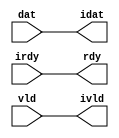

//------> /usr/cadtool/mentor/Catapult/2024.1/Mgc_home/pkgs/siflibs/ccs_in_wait_v1.v 
//------------------------------------------------------------------------------
// Catapult Synthesis - Sample I/O Port Library
//
// Copyright (c) 2003-2017 Mentor Graphics Corp.
//       All Rights Reserved
//
// This document may be used and distributed without restriction provided that
// this copyright statement is not removed from the file and that any derivative
// work contains this copyright notice.
//
// The design information contained in this file is intended to be an example
// of the functionality which the end user may study in preparation for creating
// their own custom interfaces. This design does not necessarily present a 
// complete implementation of the named protocol or standard.
//
//------------------------------------------------------------------------------


module ccs_in_wait_v1 (idat, rdy, ivld, dat, irdy, vld);

  parameter integer rscid = 1;
  parameter integer width = 8;

  output [width-1:0] idat;
  output             rdy;
  output             ivld;
  input  [width-1:0] dat;
  input              irdy;
  input              vld;

  wire   [width-1:0] idat;
  wire               rdy;
  wire               ivld;

  localparam stallOff = 0; 
  wire                  stall_ctrl;
  assign stall_ctrl = stallOff;

  assign idat = dat;
  assign rdy = irdy && !stall_ctrl;
  assign ivld = vld && !stall_ctrl;

endmodule


//------> /usr/cadtool/mentor/Catapult/2024.1/Mgc_home/pkgs/siflibs/ccs_out_wait_v1.v 
//------------------------------------------------------------------------------
// Catapult Synthesis - Sample I/O Port Library
//
// Copyright (c) 2003-2017 Mentor Graphics Corp.
//       All Rights Reserved
//
// This document may be used and distributed without restriction provided that
// this copyright statement is not removed from the file and that any derivative
// work contains this copyright notice.
//
// The design information contained in this file is intended to be an example
// of the functionality which the end user may study in preparation for creating
// their own custom interfaces. This design does not necessarily present a 
// complete implementation of the named protocol or standard.
//
//------------------------------------------------------------------------------


module ccs_out_wait_v1 (dat, irdy, vld, idat, rdy, ivld);

  parameter integer rscid = 1;
  parameter integer width = 8;

  output [width-1:0] dat;
  output             irdy;
  output             vld;
  input  [width-1:0] idat;
  input              rdy;
  input              ivld;

  wire   [width-1:0] dat;
  wire               irdy;
  wire               vld;

  localparam stallOff = 0; 
  wire stall_ctrl;
  assign stall_ctrl = stallOff;

  assign dat = idat;
  assign irdy = rdy && !stall_ctrl;
  assign vld = ivld && !stall_ctrl;

endmodule



//------> ./rtl.v 
// ----------------------------------------------------------------------
//  HLS HDL:        Verilog Netlister
//  HLS Version:    2024.1/1091966 Production Release
//  HLS Date:       Wed Feb 14 09:07:18 PST 2024
// 
//  Generated by:   m111061545@ws41
//  Generated date: Sun Apr  7 21:42:00 2024
// ----------------------------------------------------------------------

// 
// ------------------------------------------------------------------
//  Design Unit:    fir_run_staller
// ------------------------------------------------------------------


module fir_run_staller (
  run_wen, input_rsci_wen_comp, output_rsci_wen_comp
);
  output run_wen;
  input input_rsci_wen_comp;
  input output_rsci_wen_comp;



  // Interconnect Declarations for Component Instantiations 
  assign run_wen = input_rsci_wen_comp & output_rsci_wen_comp;
endmodule

// ------------------------------------------------------------------
//  Design Unit:    fir_run_output_rsci_output_wait_dp
// ------------------------------------------------------------------


module fir_run_output_rsci_output_wait_dp (
  clk, rst, output_rsci_oswt, output_rsci_wen_comp, output_rsci_biwt, output_rsci_bdwt,
      output_rsci_bcwt
);
  input clk;
  input rst;
  input output_rsci_oswt;
  output output_rsci_wen_comp;
  input output_rsci_biwt;
  input output_rsci_bdwt;
  output output_rsci_bcwt;
  reg output_rsci_bcwt;



  // Interconnect Declarations for Component Instantiations 
  assign output_rsci_wen_comp = (~ output_rsci_oswt) | output_rsci_biwt | output_rsci_bcwt;
  always @(posedge clk) begin
    if ( rst ) begin
      output_rsci_bcwt <= 1'b0;
    end
    else begin
      output_rsci_bcwt <= ~((~(output_rsci_bcwt | output_rsci_biwt)) | output_rsci_bdwt);
    end
  end
endmodule

// ------------------------------------------------------------------
//  Design Unit:    fir_run_output_rsci_output_wait_ctrl
// ------------------------------------------------------------------


module fir_run_output_rsci_output_wait_ctrl (
  run_wen, output_rsci_oswt, output_rsci_biwt, output_rsci_bdwt, output_rsci_bcwt,
      output_rsci_irdy, output_rsci_ivld_run_sct
);
  input run_wen;
  input output_rsci_oswt;
  output output_rsci_biwt;
  output output_rsci_bdwt;
  input output_rsci_bcwt;
  input output_rsci_irdy;
  output output_rsci_ivld_run_sct;


  // Interconnect Declarations
  wire output_rsci_ogwt;


  // Interconnect Declarations for Component Instantiations 
  assign output_rsci_bdwt = output_rsci_oswt & run_wen;
  assign output_rsci_biwt = output_rsci_ogwt & output_rsci_irdy;
  assign output_rsci_ogwt = output_rsci_oswt & (~ output_rsci_bcwt);
  assign output_rsci_ivld_run_sct = output_rsci_ogwt;
endmodule

// ------------------------------------------------------------------
//  Design Unit:    fir_run_input_rsci_input_wait_dp
// ------------------------------------------------------------------


module fir_run_input_rsci_input_wait_dp (
  clk, rst, input_rsci_oswt, input_rsci_wen_comp, input_rsci_idat_mxwt, input_rsci_biwt,
      input_rsci_bdwt, input_rsci_bcwt, input_rsci_idat
);
  input clk;
  input rst;
  input input_rsci_oswt;
  output input_rsci_wen_comp;
  output [7:0] input_rsci_idat_mxwt;
  input input_rsci_biwt;
  input input_rsci_bdwt;
  output input_rsci_bcwt;
  reg input_rsci_bcwt;
  input [7:0] input_rsci_idat;


  // Interconnect Declarations
  reg [7:0] input_rsci_idat_bfwt;


  // Interconnect Declarations for Component Instantiations 
  assign input_rsci_wen_comp = (~ input_rsci_oswt) | input_rsci_biwt | input_rsci_bcwt;
  assign input_rsci_idat_mxwt = MUX_v_8_2_2(input_rsci_idat, input_rsci_idat_bfwt,
      input_rsci_bcwt);
  always @(posedge clk) begin
    if ( rst ) begin
      input_rsci_bcwt <= 1'b0;
    end
    else begin
      input_rsci_bcwt <= ~((~(input_rsci_bcwt | input_rsci_biwt)) | input_rsci_bdwt);
    end
  end
  always @(posedge clk) begin
    if ( rst ) begin
      input_rsci_idat_bfwt <= 8'b00000000;
    end
    else if ( input_rsci_biwt ) begin
      input_rsci_idat_bfwt <= input_rsci_idat;
    end
  end

  function automatic [7:0] MUX_v_8_2_2;
    input [7:0] input_0;
    input [7:0] input_1;
    input  sel;
    reg [7:0] result;
  begin
    case (sel)
      1'b0 : begin
        result = input_0;
      end
      default : begin
        result = input_1;
      end
    endcase
    MUX_v_8_2_2 = result;
  end
  endfunction

endmodule

// ------------------------------------------------------------------
//  Design Unit:    fir_run_input_rsci_input_wait_ctrl
// ------------------------------------------------------------------


module fir_run_input_rsci_input_wait_ctrl (
  run_wen, input_rsci_oswt, input_rsci_biwt, input_rsci_bdwt, input_rsci_bcwt, input_rsci_irdy_run_sct,
      input_rsci_ivld
);
  input run_wen;
  input input_rsci_oswt;
  output input_rsci_biwt;
  output input_rsci_bdwt;
  input input_rsci_bcwt;
  output input_rsci_irdy_run_sct;
  input input_rsci_ivld;


  // Interconnect Declarations
  wire input_rsci_ogwt;


  // Interconnect Declarations for Component Instantiations 
  assign input_rsci_bdwt = input_rsci_oswt & run_wen;
  assign input_rsci_biwt = input_rsci_ogwt & input_rsci_ivld;
  assign input_rsci_ogwt = input_rsci_oswt & (~ input_rsci_bcwt);
  assign input_rsci_irdy_run_sct = input_rsci_ogwt;
endmodule

// ------------------------------------------------------------------
//  Design Unit:    decimator_run_run_fsm
//  FSM Module
// ------------------------------------------------------------------


module decimator_run_run_fsm (
  clk, rst, run_wen, fsm_output
);
  input clk;
  input rst;
  input run_wen;
  output [2:0] fsm_output;
  reg [2:0] fsm_output;


  // FSM State Type Declaration for decimator_run_run_fsm_1
  parameter
    run_rlp_C_0 = 2'd0,
    main_C_0 = 2'd1,
    main_C_1 = 2'd2;

  reg [1:0] state_var;
  reg [1:0] state_var_NS;


  // Interconnect Declarations for Component Instantiations 
  always @(*)
  begin : decimator_run_run_fsm_1
    case (state_var)
      main_C_0 : begin
        fsm_output = 3'b010;
        state_var_NS = main_C_1;
      end
      main_C_1 : begin
        fsm_output = 3'b100;
        state_var_NS = main_C_0;
      end
      // run_rlp_C_0
      default : begin
        fsm_output = 3'b001;
        state_var_NS = main_C_0;
      end
    endcase
  end

  always @(posedge clk) begin
    if ( rst ) begin
      state_var <= run_rlp_C_0;
    end
    else if ( run_wen ) begin
      state_var <= state_var_NS;
    end
  end

endmodule

// ------------------------------------------------------------------
//  Design Unit:    decimator_run_staller
// ------------------------------------------------------------------


module decimator_run_staller (
  run_wen, din_rsci_wen_comp, dout_rsci_wen_comp
);
  output run_wen;
  input din_rsci_wen_comp;
  input dout_rsci_wen_comp;



  // Interconnect Declarations for Component Instantiations 
  assign run_wen = din_rsci_wen_comp & dout_rsci_wen_comp;
endmodule

// ------------------------------------------------------------------
//  Design Unit:    decimator_run_dout_rsci_dout_wait_ctrl
// ------------------------------------------------------------------


module decimator_run_dout_rsci_dout_wait_ctrl (
  dout_rsci_iswt0, dout_rsci_biwt, dout_rsci_irdy
);
  input dout_rsci_iswt0;
  output dout_rsci_biwt;
  input dout_rsci_irdy;



  // Interconnect Declarations for Component Instantiations 
  assign dout_rsci_biwt = dout_rsci_iswt0 & dout_rsci_irdy;
endmodule

// ------------------------------------------------------------------
//  Design Unit:    decimator_run_din_rsci_din_wait_ctrl
// ------------------------------------------------------------------


module decimator_run_din_rsci_din_wait_ctrl (
  din_rsci_iswt0, din_rsci_biwt, din_rsci_ivld
);
  input din_rsci_iswt0;
  output din_rsci_biwt;
  input din_rsci_ivld;



  // Interconnect Declarations for Component Instantiations 
  assign din_rsci_biwt = din_rsci_iswt0 & din_rsci_ivld;
endmodule

// ------------------------------------------------------------------
//  Design Unit:    fir_run_output_rsci
// ------------------------------------------------------------------


module fir_run_output_rsci (
  clk, rst, output_rsc_dat, output_rsc_vld, output_rsc_rdy, run_wen, output_rsci_oswt,
      output_rsci_wen_comp, output_rsci_idat
);
  input clk;
  input rst;
  output [7:0] output_rsc_dat;
  output output_rsc_vld;
  input output_rsc_rdy;
  input run_wen;
  input output_rsci_oswt;
  output output_rsci_wen_comp;
  input [7:0] output_rsci_idat;


  // Interconnect Declarations
  wire output_rsci_biwt;
  wire output_rsci_bdwt;
  wire output_rsci_bcwt;
  wire output_rsci_irdy;
  wire output_rsci_ivld_run_sct;


  // Interconnect Declarations for Component Instantiations 
  ccs_out_wait_v1 #(.rscid(32'sd3),
  .width(32'sd8)) output_rsci (
      .irdy(output_rsci_irdy),
      .ivld(output_rsci_ivld_run_sct),
      .idat(output_rsci_idat),
      .rdy(output_rsc_rdy),
      .vld(output_rsc_vld),
      .dat(output_rsc_dat)
    );
  fir_run_output_rsci_output_wait_ctrl fir_run_output_rsci_output_wait_ctrl_inst
      (
      .run_wen(run_wen),
      .output_rsci_oswt(output_rsci_oswt),
      .output_rsci_biwt(output_rsci_biwt),
      .output_rsci_bdwt(output_rsci_bdwt),
      .output_rsci_bcwt(output_rsci_bcwt),
      .output_rsci_irdy(output_rsci_irdy),
      .output_rsci_ivld_run_sct(output_rsci_ivld_run_sct)
    );
  fir_run_output_rsci_output_wait_dp fir_run_output_rsci_output_wait_dp_inst (
      .clk(clk),
      .rst(rst),
      .output_rsci_oswt(output_rsci_oswt),
      .output_rsci_wen_comp(output_rsci_wen_comp),
      .output_rsci_biwt(output_rsci_biwt),
      .output_rsci_bdwt(output_rsci_bdwt),
      .output_rsci_bcwt(output_rsci_bcwt)
    );
endmodule

// ------------------------------------------------------------------
//  Design Unit:    fir_run_input_rsci
// ------------------------------------------------------------------


module fir_run_input_rsci (
  clk, rst, input_rsc_dat, input_rsc_vld, input_rsc_rdy, run_wen, input_rsci_oswt,
      input_rsci_wen_comp, input_rsci_idat_mxwt
);
  input clk;
  input rst;
  input [7:0] input_rsc_dat;
  input input_rsc_vld;
  output input_rsc_rdy;
  input run_wen;
  input input_rsci_oswt;
  output input_rsci_wen_comp;
  output [7:0] input_rsci_idat_mxwt;


  // Interconnect Declarations
  wire input_rsci_biwt;
  wire input_rsci_bdwt;
  wire input_rsci_bcwt;
  wire input_rsci_irdy_run_sct;
  wire input_rsci_ivld;
  wire [7:0] input_rsci_idat;


  // Interconnect Declarations for Component Instantiations 
  ccs_in_wait_v1 #(.rscid(32'sd1),
  .width(32'sd8)) input_rsci (
      .rdy(input_rsc_rdy),
      .vld(input_rsc_vld),
      .dat(input_rsc_dat),
      .irdy(input_rsci_irdy_run_sct),
      .ivld(input_rsci_ivld),
      .idat(input_rsci_idat)
    );
  fir_run_input_rsci_input_wait_ctrl fir_run_input_rsci_input_wait_ctrl_inst (
      .run_wen(run_wen),
      .input_rsci_oswt(input_rsci_oswt),
      .input_rsci_biwt(input_rsci_biwt),
      .input_rsci_bdwt(input_rsci_bdwt),
      .input_rsci_bcwt(input_rsci_bcwt),
      .input_rsci_irdy_run_sct(input_rsci_irdy_run_sct),
      .input_rsci_ivld(input_rsci_ivld)
    );
  fir_run_input_rsci_input_wait_dp fir_run_input_rsci_input_wait_dp_inst (
      .clk(clk),
      .rst(rst),
      .input_rsci_oswt(input_rsci_oswt),
      .input_rsci_wen_comp(input_rsci_wen_comp),
      .input_rsci_idat_mxwt(input_rsci_idat_mxwt),
      .input_rsci_biwt(input_rsci_biwt),
      .input_rsci_bdwt(input_rsci_bdwt),
      .input_rsci_bcwt(input_rsci_bcwt),
      .input_rsci_idat(input_rsci_idat)
    );
endmodule

// ------------------------------------------------------------------
//  Design Unit:    decimator_run_dout_rsci
// ------------------------------------------------------------------


module decimator_run_dout_rsci (
  dout_rsc_dat, dout_rsc_vld, dout_rsc_rdy, dout_rsci_oswt, dout_rsci_wen_comp, dout_rsci_idat
);
  output [7:0] dout_rsc_dat;
  output dout_rsc_vld;
  input dout_rsc_rdy;
  input dout_rsci_oswt;
  output dout_rsci_wen_comp;
  input [7:0] dout_rsci_idat;


  // Interconnect Declarations
  wire dout_rsci_biwt;
  wire dout_rsci_irdy;


  // Interconnect Declarations for Component Instantiations 
  ccs_out_wait_v1 #(.rscid(32'sd6),
  .width(32'sd8)) dout_rsci (
      .irdy(dout_rsci_irdy),
      .ivld(dout_rsci_oswt),
      .idat(dout_rsci_idat),
      .rdy(dout_rsc_rdy),
      .vld(dout_rsc_vld),
      .dat(dout_rsc_dat)
    );
  decimator_run_dout_rsci_dout_wait_ctrl decimator_run_dout_rsci_dout_wait_ctrl_inst
      (
      .dout_rsci_iswt0(dout_rsci_oswt),
      .dout_rsci_biwt(dout_rsci_biwt),
      .dout_rsci_irdy(dout_rsci_irdy)
    );
  assign dout_rsci_wen_comp = (~ dout_rsci_oswt) | dout_rsci_biwt;
endmodule

// ------------------------------------------------------------------
//  Design Unit:    decimator_run_din_rsci
// ------------------------------------------------------------------


module decimator_run_din_rsci (
  din_rsc_dat, din_rsc_vld, din_rsc_rdy, din_rsci_oswt, din_rsci_wen_comp, din_rsci_idat_mxwt
);
  input [7:0] din_rsc_dat;
  input din_rsc_vld;
  output din_rsc_rdy;
  input din_rsci_oswt;
  output din_rsci_wen_comp;
  output [7:0] din_rsci_idat_mxwt;


  // Interconnect Declarations
  wire din_rsci_biwt;
  wire din_rsci_ivld;
  wire [7:0] din_rsci_idat;


  // Interconnect Declarations for Component Instantiations 
  ccs_in_wait_v1 #(.rscid(32'sd5),
  .width(32'sd8)) din_rsci (
      .rdy(din_rsc_rdy),
      .vld(din_rsc_vld),
      .dat(din_rsc_dat),
      .irdy(din_rsci_oswt),
      .ivld(din_rsci_ivld),
      .idat(din_rsci_idat)
    );
  decimator_run_din_rsci_din_wait_ctrl decimator_run_din_rsci_din_wait_ctrl_inst
      (
      .din_rsci_iswt0(din_rsci_oswt),
      .din_rsci_biwt(din_rsci_biwt),
      .din_rsci_ivld(din_rsci_ivld)
    );
  assign din_rsci_idat_mxwt = din_rsci_idat;
  assign din_rsci_wen_comp = (~ din_rsci_oswt) | din_rsci_biwt;
endmodule

// ------------------------------------------------------------------
//  Design Unit:    fir_run
// ------------------------------------------------------------------


module fir_run (
  clk, rst, input_rsc_dat, input_rsc_vld, input_rsc_rdy, coeffs, output_rsc_dat,
      output_rsc_vld, output_rsc_rdy
);
  input clk;
  input rst;
  input [7:0] input_rsc_dat;
  input input_rsc_vld;
  output input_rsc_rdy;
  input [63:0] coeffs;
  output [7:0] output_rsc_dat;
  output output_rsc_vld;
  input output_rsc_rdy;


  // Interconnect Declarations
  wire run_wen;
  wire input_rsci_wen_comp;
  wire [7:0] input_rsci_idat_mxwt;
  wire output_rsci_wen_comp;
  reg [7:0] output_rsci_idat;
  wire [3:0] main_1_MAC_acc_2_tmp;
  wire [4:0] nl_main_1_MAC_acc_2_tmp;
  wire [3:0] main_1_SHIFT_acc_1_tmp;
  wire [4:0] nl_main_1_SHIFT_acc_1_tmp;
  wire [3:0] main_2_MAC_acc_2_tmp;
  wire [4:0] nl_main_2_MAC_acc_2_tmp;
  wire [3:0] main_2_SHIFT_acc_1_tmp;
  wire [4:0] nl_main_2_SHIFT_acc_1_tmp;
  wire or_dcpl_7;
  wire nor_tmp_1;
  wire and_dcpl_5;
  wire and_dcpl_11;
  wire or_dcpl_14;
  wire or_dcpl_15;
  wire or_dcpl_16;
  wire or_dcpl_17;
  wire or_dcpl_18;
  wire or_dcpl_19;
  wire or_dcpl_20;
  wire or_dcpl_21;
  wire or_dcpl_22;
  wire or_dcpl_23;
  wire or_dcpl_24;
  wire or_dcpl_25;
  wire or_dcpl_26;
  wire and_dcpl_37;
  wire or_dcpl_32;
  reg lfst_exit_main_2_SHIFT_lpi_1_dfm_3_1;
  reg lfst_exit_main_2_SHIFT_lpi_1_dfm_3_0;
  reg [2:0] SHIFT_i_3_0_1_lpi_1_2_0;
  wire lfst_exit_main_2_SHIFT_lpi_1_dfm_3_1_1;
  wire SHIFT_SHIFT_nor_4_ssc_1;
  wire SHIFT_and_17_cse_1;
  wire SHIFT_equal_tmp_2;
  wire [2:0] SHIFT_i_3_0_1_lpi_1_dfm_2_0_mx0w0;
  wire lfst_exit_main_2_SHIFT_lpi_1_dfm_1_1;
  wire lfst_exit_main_2_SHIFT_lpi_1_dfm_0_1;
  reg exitL_exit_main_2_SHIFT_sva;
  reg lfst_exit_main_2_SHIFT_lpi_1_dfm_st_1_0;
  reg lfst_exit_main_2_SHIFT_lpi_1_dfm_st_1_1;
  reg SHIFT_and_1_svs_st_1;
  reg main_stage_0_2;
  reg SHIFT_unequal_tmp_1_1;
  reg SHIFT_equal_tmp_1_1;
  reg SHIFT_and_1_svs;
  reg reg_output_rsci_oswt_cse;
  reg reg_input_rsci_oswt_cse;
  wire and_47_cse;
  wire and_48_cse;
  wire or_10_cse;
  wire mux_6_cse;
  wire MAC_nor_m1c;
  wire [7:0] z_out;
  reg [18:0] temp_1_lpi_1;
  reg [18:0] temp_lpi_1;
  reg [7:0] regs_3_sva;
  reg [7:0] regs_4_sva;
  reg [7:0] regs_2_sva;
  reg [7:0] regs_5_sva;
  reg [7:0] regs_1_sva;
  reg [7:0] regs_6_sva;
  reg [7:0] regs_0_sva;
  reg [7:0] regs_7_sva;
  reg [7:0] regs_7_sva_dfm_1_1;
  reg [7:0] regs_6_sva_dfm_1_1;
  reg [7:0] regs_5_sva_dfm_1_1;
  reg [7:0] regs_4_sva_dfm_1_1;
  reg [7:0] regs_3_sva_dfm_1_1;
  reg [7:0] regs_2_sva_dfm_1_1;
  reg [7:0] regs_1_sva_dfm_1_1;
  reg SHIFT_asn_1_itm_1;
  reg [7:0] MAC_mux_itm_1;
  reg [2:0] main_1_MAC_i_slc_MAC_i_3_0_2_0_itm_1;
  reg [2:0] MAC_i_3_0_1_lpi_1_2_0;
  wire output_rsci_idat_mx0c1;
  wire [18:0] temp_1_sva_2;
  wire [19:0] nl_temp_1_sva_2;
  wire [18:0] temp_1_lpi_1_dfm_1;
  wire [2:0] MAC_i_3_0_1_lpi_1_dfm_2_0_mx0w0;
  wire [7:0] regs_0_sva_mx0;
  wire [18:0] temp_sva_2;
  wire [19:0] nl_temp_sva_2;
  wire SHIFT_and_1_svs_mx1c1;
  wire [7:0] MAC_mux_5;
  wire MAC_i_and_cse;
  wire MAC_and_9_cse;
  wire SHIFT_i_and_cse;
  wire or_49_cse;

  wire[18:0] SHIFT_SHIFT_and_4_nl;
  wire SHIFT_not_13_nl;
  wire SHIFT_SHIFT_or_nl;
  wire[2:0] SHIFT_SHIFT_SHIFT_or_nl;
  wire reg_regs_5_rgt_nl;
  wire SHIFT_regs_nor_nl;
  wire reg_regs_1_rgt_nl;
  wire SHIFT_regs_nor_1_nl;
  wire reg_regs_6_rgt_nl;
  wire SHIFT_regs_nor_2_nl;
  wire reg_regs_2_rgt_nl;
  wire SHIFT_regs_nor_3_nl;
  wire reg_regs_7_rgt_nl;
  wire mux_3_nl;
  wire mux_2_nl;
  wire or_13_nl;
  wire or_11_nl;
  wire reg_regs_3_rgt_nl;
  wire SHIFT_regs_nor_4_nl;
  wire reg_regs_4_rgt_nl;
  wire SHIFT_regs_nor_5_nl;
  wire[2:0] SHIFT_SHIFT_SHIFT_or_1_nl;
  wire[15:0] main_1_MAC_mul_nl;
  wire signed [15:0] nl_main_1_MAC_mul_sgnd;
  wire SHIFT_not_12_nl;
  wire SHIFT_and_nl;
  wire[15:0] main_2_MAC_mul_nl;
  wire[7:0] MAC_mux_2_nl;
  wire signed [15:0] nl_main_2_MAC_mul_sgnd;
  wire SHIFT_mux_26_nl;
  wire MAC_and_nl;
  wire MAC_and_1_nl;
  wire MAC_and_2_nl;
  wire MAC_and_3_nl;
  wire MAC_and_4_nl;
  wire MAC_and_5_nl;
  wire MAC_and_6_nl;
  wire MAC_and_7_nl;
  wire MAC_and_8_nl;
  wire[2:0] SHIFT_else_mux_15_nl;
  wire and_64_nl;

  // Interconnect Declarations for Component Instantiations 
  fir_run_input_rsci fir_run_input_rsci_inst (
      .clk(clk),
      .rst(rst),
      .input_rsc_dat(input_rsc_dat),
      .input_rsc_vld(input_rsc_vld),
      .input_rsc_rdy(input_rsc_rdy),
      .run_wen(run_wen),
      .input_rsci_oswt(reg_input_rsci_oswt_cse),
      .input_rsci_wen_comp(input_rsci_wen_comp),
      .input_rsci_idat_mxwt(input_rsci_idat_mxwt)
    );
  fir_run_output_rsci fir_run_output_rsci_inst (
      .clk(clk),
      .rst(rst),
      .output_rsc_dat(output_rsc_dat),
      .output_rsc_vld(output_rsc_vld),
      .output_rsc_rdy(output_rsc_rdy),
      .run_wen(run_wen),
      .output_rsci_oswt(reg_output_rsci_oswt_cse),
      .output_rsci_wen_comp(output_rsci_wen_comp),
      .output_rsci_idat(output_rsci_idat)
    );
  fir_run_staller fir_run_staller_inst (
      .run_wen(run_wen),
      .input_rsci_wen_comp(input_rsci_wen_comp),
      .output_rsci_wen_comp(output_rsci_wen_comp)
    );
  assign MAC_and_9_cse = run_wen & or_10_cse;
  assign MAC_i_and_cse = run_wen & ((~ lfst_exit_main_2_SHIFT_lpi_1_dfm_3_0) | exitL_exit_main_2_SHIFT_sva
      | (~ lfst_exit_main_2_SHIFT_lpi_1_dfm_3_1));
  assign or_49_cse = (SHIFT_i_3_0_1_lpi_1_2_0!=3'b000);
  assign SHIFT_i_and_cse = run_wen & (or_dcpl_7 | lfst_exit_main_2_SHIFT_lpi_1_dfm_3_0
      | or_10_cse);
  assign and_47_cse = (main_2_MAC_acc_2_tmp[3]) & (main_2_SHIFT_acc_1_tmp[3]);
  assign and_48_cse = (main_1_MAC_acc_2_tmp[3]) & (main_1_SHIFT_acc_1_tmp[3]);
  assign or_10_cse = (~ lfst_exit_main_2_SHIFT_lpi_1_dfm_3_1) | exitL_exit_main_2_SHIFT_sva;
  assign mux_6_cse = MUX_s_1_2_2((~ lfst_exit_main_2_SHIFT_lpi_1_dfm_3_0), and_48_cse,
      or_10_cse);
  assign nl_main_1_MAC_mul_sgnd = $signed(MAC_mux_itm_1) * $signed(MAC_mux_5);
  assign main_1_MAC_mul_nl = $unsigned(nl_main_1_MAC_mul_sgnd);
  assign nl_temp_1_sva_2 = temp_1_lpi_1_dfm_1 + conv_s2s_16_19(main_1_MAC_mul_nl);
  assign temp_1_sva_2 = nl_temp_1_sva_2[18:0];
  assign SHIFT_not_12_nl = ~ SHIFT_asn_1_itm_1;
  assign temp_1_lpi_1_dfm_1 = MUX_v_19_2_2(19'b0000000000000000000, temp_1_lpi_1,
      SHIFT_not_12_nl);
  assign MAC_i_3_0_1_lpi_1_dfm_2_0_mx0w0 = MUX_v_3_2_2(MAC_i_3_0_1_lpi_1_2_0, 3'b111,
      exitL_exit_main_2_SHIFT_sva);
  assign SHIFT_and_nl = (~ SHIFT_unequal_tmp_1_1) & main_stage_0_2;
  assign regs_0_sva_mx0 = MUX_v_8_2_2(regs_0_sva, input_rsci_idat_mxwt, SHIFT_and_nl);
  assign SHIFT_i_3_0_1_lpi_1_dfm_2_0_mx0w0 = MUX_v_3_2_2(SHIFT_i_3_0_1_lpi_1_2_0,
      3'b111, exitL_exit_main_2_SHIFT_sva);
  assign MAC_mux_2_nl = MUX_v_8_8_2((coeffs[7:0]), (coeffs[15:8]), (coeffs[23:16]),
      (coeffs[31:24]), (coeffs[39:32]), (coeffs[47:40]), (coeffs[55:48]), (coeffs[63:56]),
      main_1_MAC_i_slc_MAC_i_3_0_2_0_itm_1);
  assign nl_main_2_MAC_mul_sgnd = $signed(MAC_mux_2_nl) * $signed(MAC_mux_5);
  assign main_2_MAC_mul_nl = $unsigned(nl_main_2_MAC_mul_sgnd);
  assign nl_temp_sva_2 = temp_lpi_1 + conv_s2s_16_19(main_2_MAC_mul_nl);
  assign temp_sva_2 = nl_temp_sva_2[18:0];
  assign lfst_exit_main_2_SHIFT_lpi_1_dfm_1_1 = lfst_exit_main_2_SHIFT_lpi_1_dfm_3_1
      & (~ exitL_exit_main_2_SHIFT_sva);
  assign lfst_exit_main_2_SHIFT_lpi_1_dfm_0_1 = lfst_exit_main_2_SHIFT_lpi_1_dfm_3_0
      & (~ exitL_exit_main_2_SHIFT_sva);
  assign SHIFT_mux_26_nl = MUX_s_1_2_2(and_47_cse, SHIFT_and_1_svs, or_dcpl_32);
  assign lfst_exit_main_2_SHIFT_lpi_1_dfm_3_1_1 = (~(SHIFT_mux_26_nl | SHIFT_SHIFT_nor_4_ssc_1))
      | SHIFT_and_17_cse_1;
  assign SHIFT_SHIFT_nor_4_ssc_1 = ~(and_48_cse | SHIFT_equal_tmp_2);
  assign SHIFT_equal_tmp_2 = lfst_exit_main_2_SHIFT_lpi_1_dfm_1_1 & (~ lfst_exit_main_2_SHIFT_lpi_1_dfm_0_1);
  assign nl_main_1_SHIFT_acc_1_tmp = conv_u2s_3_4(SHIFT_i_3_0_1_lpi_1_dfm_2_0_mx0w0)
      + 4'b1111;
  assign main_1_SHIFT_acc_1_tmp = nl_main_1_SHIFT_acc_1_tmp[3:0];
  assign SHIFT_and_17_cse_1 = and_48_cse & (~ SHIFT_equal_tmp_2);
  assign nl_main_1_MAC_acc_2_tmp = conv_u2s_3_4(MAC_i_3_0_1_lpi_1_dfm_2_0_mx0w0)
      + 4'b1111;
  assign main_1_MAC_acc_2_tmp = nl_main_1_MAC_acc_2_tmp[3:0];
  assign nl_main_2_SHIFT_acc_1_tmp = conv_u2s_3_4(SHIFT_i_3_0_1_lpi_1_2_0) + 4'b1111;
  assign main_2_SHIFT_acc_1_tmp = nl_main_2_SHIFT_acc_1_tmp[3:0];
  assign nl_main_2_MAC_acc_2_tmp = conv_u2s_3_4(MAC_i_3_0_1_lpi_1_2_0) + 4'b1111;
  assign main_2_MAC_acc_2_tmp = nl_main_2_MAC_acc_2_tmp[3:0];
  assign MAC_nor_m1c = ~((main_1_MAC_i_slc_MAC_i_3_0_2_0_itm_1!=3'b000));
  assign MAC_and_nl = (~ SHIFT_unequal_tmp_1_1) & MAC_nor_m1c;
  assign MAC_and_1_nl = SHIFT_unequal_tmp_1_1 & MAC_nor_m1c;
  assign MAC_and_2_nl = (main_1_MAC_i_slc_MAC_i_3_0_2_0_itm_1==3'b001);
  assign MAC_and_3_nl = (main_1_MAC_i_slc_MAC_i_3_0_2_0_itm_1==3'b010);
  assign MAC_and_4_nl = (main_1_MAC_i_slc_MAC_i_3_0_2_0_itm_1==3'b011);
  assign MAC_and_5_nl = (main_1_MAC_i_slc_MAC_i_3_0_2_0_itm_1==3'b100);
  assign MAC_and_6_nl = (main_1_MAC_i_slc_MAC_i_3_0_2_0_itm_1==3'b101);
  assign MAC_and_7_nl = (main_1_MAC_i_slc_MAC_i_3_0_2_0_itm_1==3'b110);
  assign MAC_and_8_nl = (main_1_MAC_i_slc_MAC_i_3_0_2_0_itm_1==3'b111);
  assign MAC_mux_5 = MUX1HOT_v_8_9_2(input_rsci_idat_mxwt, regs_0_sva, regs_1_sva_dfm_1_1,
      regs_2_sva_dfm_1_1, regs_3_sva_dfm_1_1, regs_4_sva_dfm_1_1, regs_5_sva_dfm_1_1,
      regs_6_sva_dfm_1_1, regs_7_sva_dfm_1_1, {MAC_and_nl , MAC_and_1_nl , MAC_and_2_nl
      , MAC_and_3_nl , MAC_and_4_nl , MAC_and_5_nl , MAC_and_6_nl , MAC_and_7_nl
      , MAC_and_8_nl});
  assign or_dcpl_7 = ~((main_2_SHIFT_acc_1_tmp[3]) & (main_2_MAC_acc_2_tmp[3]));
  assign nor_tmp_1 = (main_1_SHIFT_acc_1_tmp[2:0]==3'b111);
  assign and_dcpl_5 = main_stage_0_2 & SHIFT_and_1_svs_st_1;
  assign and_dcpl_11 = main_stage_0_2 & (~ SHIFT_equal_tmp_1_1);
  assign or_dcpl_14 = (SHIFT_i_3_0_1_lpi_1_2_0[2]) | exitL_exit_main_2_SHIFT_sva;
  assign or_dcpl_15 = (SHIFT_i_3_0_1_lpi_1_2_0[1:0]!=2'b01);
  assign or_dcpl_16 = or_dcpl_15 | or_dcpl_14;
  assign or_dcpl_17 = (SHIFT_i_3_0_1_lpi_1_2_0[1:0]!=2'b10);
  assign or_dcpl_18 = or_dcpl_17 | or_dcpl_14;
  assign or_dcpl_19 = ~((SHIFT_i_3_0_1_lpi_1_2_0[1:0]==2'b11));
  assign or_dcpl_20 = or_dcpl_19 | or_dcpl_14;
  assign or_dcpl_21 = (~ (SHIFT_i_3_0_1_lpi_1_2_0[2])) | exitL_exit_main_2_SHIFT_sva;
  assign or_dcpl_22 = (SHIFT_i_3_0_1_lpi_1_2_0[1:0]!=2'b00);
  assign or_dcpl_23 = or_dcpl_22 | or_dcpl_21;
  assign or_dcpl_24 = or_dcpl_15 | or_dcpl_21;
  assign or_dcpl_25 = or_dcpl_17 | or_dcpl_21;
  assign or_dcpl_26 = or_dcpl_19 | (~ (SHIFT_i_3_0_1_lpi_1_2_0[2]));
  assign and_dcpl_37 = or_dcpl_26 & (~ exitL_exit_main_2_SHIFT_sva);
  assign or_dcpl_32 = lfst_exit_main_2_SHIFT_lpi_1_dfm_3_0 | exitL_exit_main_2_SHIFT_sva
      | (~ lfst_exit_main_2_SHIFT_lpi_1_dfm_3_1);
  assign output_rsci_idat_mx0c1 = and_dcpl_5 & (~ lfst_exit_main_2_SHIFT_lpi_1_dfm_st_1_0)
      & lfst_exit_main_2_SHIFT_lpi_1_dfm_st_1_1;
  assign SHIFT_and_1_svs_mx1c1 = and_48_cse & or_10_cse;
  always @(posedge clk) begin
    if ( rst ) begin
      reg_output_rsci_oswt_cse <= 1'b0;
      lfst_exit_main_2_SHIFT_lpi_1_dfm_st_1_1 <= 1'b0;
      lfst_exit_main_2_SHIFT_lpi_1_dfm_st_1_0 <= 1'b0;
      reg_input_rsci_oswt_cse <= 1'b0;
      lfst_exit_main_2_SHIFT_lpi_1_dfm_3_1 <= 1'b0;
      exitL_exit_main_2_SHIFT_sva <= 1'b1;
      lfst_exit_main_2_SHIFT_lpi_1_dfm_3_0 <= 1'b0;
      main_stage_0_2 <= 1'b0;
      SHIFT_equal_tmp_1_1 <= 1'b0;
    end
    else if ( run_wen ) begin
      reg_output_rsci_oswt_cse <= ~((~(main_stage_0_2 & SHIFT_and_1_svs_st_1)) |
          (lfst_exit_main_2_SHIFT_lpi_1_dfm_st_1_0 & lfst_exit_main_2_SHIFT_lpi_1_dfm_st_1_1));
      lfst_exit_main_2_SHIFT_lpi_1_dfm_st_1_1 <= lfst_exit_main_2_SHIFT_lpi_1_dfm_1_1;
      lfst_exit_main_2_SHIFT_lpi_1_dfm_st_1_0 <= lfst_exit_main_2_SHIFT_lpi_1_dfm_0_1;
      reg_input_rsci_oswt_cse <= ~(or_dcpl_22 | (SHIFT_i_3_0_1_lpi_1_2_0[2]) | (lfst_exit_main_2_SHIFT_lpi_1_dfm_3_0
          & lfst_exit_main_2_SHIFT_lpi_1_dfm_3_1) | exitL_exit_main_2_SHIFT_sva);
      lfst_exit_main_2_SHIFT_lpi_1_dfm_3_1 <= lfst_exit_main_2_SHIFT_lpi_1_dfm_3_1_1;
      exitL_exit_main_2_SHIFT_sva <= ~(lfst_exit_main_2_SHIFT_lpi_1_dfm_3_1_1 | SHIFT_SHIFT_nor_4_ssc_1);
      lfst_exit_main_2_SHIFT_lpi_1_dfm_3_0 <= SHIFT_SHIFT_nor_4_ssc_1;
      main_stage_0_2 <= 1'b1;
      SHIFT_equal_tmp_1_1 <= SHIFT_equal_tmp_2;
    end
  end
  always @(posedge clk) begin
    if ( rst ) begin
      output_rsci_idat <= 8'b00000000;
    end
    else if ( run_wen & ((and_dcpl_5 & (~ lfst_exit_main_2_SHIFT_lpi_1_dfm_st_1_1))
        | output_rsci_idat_mx0c1) ) begin
      output_rsci_idat <= MUX_v_8_2_2((temp_1_sva_2[18:11]), (temp_sva_2[18:11]),
          output_rsci_idat_mx0c1);
    end
  end
  always @(posedge clk) begin
    if ( rst ) begin
      MAC_mux_itm_1 <= 8'b00000000;
      SHIFT_asn_1_itm_1 <= 1'b0;
    end
    else if ( MAC_and_9_cse ) begin
      MAC_mux_itm_1 <= MUX_v_8_8_2((coeffs[7:0]), (coeffs[15:8]), (coeffs[23:16]),
          (coeffs[31:24]), (coeffs[39:32]), (coeffs[47:40]), (coeffs[55:48]), (coeffs[63:56]),
          MAC_i_3_0_1_lpi_1_dfm_2_0_mx0w0);
      SHIFT_asn_1_itm_1 <= exitL_exit_main_2_SHIFT_sva;
    end
  end
  always @(posedge clk) begin
    if ( rst ) begin
      main_1_MAC_i_slc_MAC_i_3_0_2_0_itm_1 <= 3'b000;
      SHIFT_and_1_svs_st_1 <= 1'b0;
      regs_1_sva_dfm_1_1 <= 8'b00000000;
      regs_2_sva_dfm_1_1 <= 8'b00000000;
      regs_3_sva_dfm_1_1 <= 8'b00000000;
      regs_4_sva_dfm_1_1 <= 8'b00000000;
      regs_5_sva_dfm_1_1 <= 8'b00000000;
      regs_6_sva_dfm_1_1 <= 8'b00000000;
      regs_7_sva_dfm_1_1 <= 8'b00000000;
      SHIFT_unequal_tmp_1_1 <= 1'b0;
    end
    else if ( MAC_i_and_cse ) begin
      main_1_MAC_i_slc_MAC_i_3_0_2_0_itm_1 <= MUX_v_3_2_2(MAC_i_3_0_1_lpi_1_dfm_2_0_mx0w0,
          MAC_i_3_0_1_lpi_1_2_0, lfst_exit_main_2_SHIFT_lpi_1_dfm_1_1);
      SHIFT_and_1_svs_st_1 <= MUX_s_1_2_2(and_47_cse, and_48_cse, or_10_cse);
      regs_1_sva_dfm_1_1 <= MUX_v_8_2_2(z_out, regs_1_sva, or_dcpl_16);
      regs_2_sva_dfm_1_1 <= MUX_v_8_2_2(z_out, regs_2_sva, or_dcpl_18);
      regs_3_sva_dfm_1_1 <= MUX_v_8_2_2(z_out, regs_3_sva, or_dcpl_20);
      regs_4_sva_dfm_1_1 <= MUX_v_8_2_2(z_out, regs_4_sva, or_dcpl_23);
      regs_5_sva_dfm_1_1 <= MUX_v_8_2_2(z_out, regs_5_sva, or_dcpl_24);
      regs_6_sva_dfm_1_1 <= MUX_v_8_2_2(z_out, regs_6_sva, or_dcpl_25);
      regs_7_sva_dfm_1_1 <= MUX_v_8_2_2(z_out, regs_7_sva, and_dcpl_37);
      SHIFT_unequal_tmp_1_1 <= MUX_s_1_2_2(or_49_cse, SHIFT_SHIFT_or_nl, or_10_cse);
    end
  end
  always @(posedge clk) begin
    if ( rst ) begin
      regs_0_sva <= 8'b00000000;
    end
    else if ( ((or_49_cse & (~(lfst_exit_main_2_SHIFT_lpi_1_dfm_3_1 & lfst_exit_main_2_SHIFT_lpi_1_dfm_3_0)))
        | exitL_exit_main_2_SHIFT_sva) & run_wen & (~ SHIFT_unequal_tmp_1_1) & main_stage_0_2
        ) begin
      regs_0_sva <= regs_0_sva_mx0;
    end
  end
  always @(posedge clk) begin
    if ( rst ) begin
      temp_lpi_1 <= 19'b0000000000000000000;
    end
    else if ( lfst_exit_main_2_SHIFT_lpi_1_dfm_3_1 & (~ exitL_exit_main_2_SHIFT_sva)
        & (SHIFT_and_1_svs | SHIFT_equal_tmp_1_1) & (~ lfst_exit_main_2_SHIFT_lpi_1_dfm_3_0)
        & main_stage_0_2 & run_wen ) begin
      temp_lpi_1 <= MUX_v_19_2_2(temp_sva_2, SHIFT_SHIFT_and_4_nl, and_dcpl_11);
    end
  end
  always @(posedge clk) begin
    if ( rst ) begin
      temp_1_lpi_1 <= 19'b0000000000000000000;
    end
    else if ( run_wen & main_stage_0_2 & (~ lfst_exit_main_2_SHIFT_lpi_1_dfm_3_1)
        & (~((~(SHIFT_asn_1_itm_1 | (~ SHIFT_equal_tmp_1_1))) | exitL_exit_main_2_SHIFT_sva))
        ) begin
      temp_1_lpi_1 <= MUX_v_19_2_2(temp_1_lpi_1_dfm_1, temp_1_sva_2, and_dcpl_11);
    end
  end
  always @(posedge clk) begin
    if ( rst ) begin
      SHIFT_i_3_0_1_lpi_1_2_0 <= 3'b000;
      MAC_i_3_0_1_lpi_1_2_0 <= 3'b000;
    end
    else if ( SHIFT_i_and_cse ) begin
      SHIFT_i_3_0_1_lpi_1_2_0 <= MUX_v_3_2_2((main_1_SHIFT_acc_1_tmp[2:0]), SHIFT_SHIFT_SHIFT_or_nl,
          mux_6_cse);
      MAC_i_3_0_1_lpi_1_2_0 <= MUX_v_3_2_2((main_1_MAC_acc_2_tmp[2:0]), SHIFT_SHIFT_SHIFT_or_1_nl,
          mux_6_cse);
    end
  end
  always @(posedge clk) begin
    if ( rst ) begin
      regs_5_sva <= 8'b00000000;
    end
    else if ( run_wen & reg_regs_5_rgt_nl ) begin
      regs_5_sva <= z_out;
    end
  end
  always @(posedge clk) begin
    if ( rst ) begin
      regs_1_sva <= 8'b00000000;
    end
    else if ( run_wen & reg_regs_1_rgt_nl ) begin
      regs_1_sva <= z_out;
    end
  end
  always @(posedge clk) begin
    if ( rst ) begin
      regs_6_sva <= 8'b00000000;
    end
    else if ( run_wen & reg_regs_6_rgt_nl ) begin
      regs_6_sva <= z_out;
    end
  end
  always @(posedge clk) begin
    if ( rst ) begin
      regs_2_sva <= 8'b00000000;
    end
    else if ( run_wen & reg_regs_2_rgt_nl ) begin
      regs_2_sva <= z_out;
    end
  end
  always @(posedge clk) begin
    if ( rst ) begin
      regs_7_sva <= 8'b00000000;
    end
    else if ( ~((~ run_wen) | reg_regs_7_rgt_nl | mux_3_nl) ) begin
      regs_7_sva <= z_out;
    end
  end
  always @(posedge clk) begin
    if ( rst ) begin
      regs_3_sva <= 8'b00000000;
    end
    else if ( run_wen & reg_regs_3_rgt_nl ) begin
      regs_3_sva <= z_out;
    end
  end
  always @(posedge clk) begin
    if ( rst ) begin
      regs_4_sva <= 8'b00000000;
    end
    else if ( run_wen & reg_regs_4_rgt_nl ) begin
      regs_4_sva <= z_out;
    end
  end
  always @(posedge clk) begin
    if ( rst ) begin
      SHIFT_and_1_svs <= 1'b0;
    end
    else if ( run_wen & (((~(lfst_exit_main_2_SHIFT_lpi_1_dfm_3_0 | exitL_exit_main_2_SHIFT_sva))
        & lfst_exit_main_2_SHIFT_lpi_1_dfm_3_1) | SHIFT_and_1_svs_mx1c1) & ((~ or_dcpl_7)
        | or_10_cse) ) begin
      SHIFT_and_1_svs <= MUX_s_1_2_2(and_47_cse, and_48_cse, SHIFT_and_1_svs_mx1c1);
    end
  end
  assign SHIFT_SHIFT_or_nl = (SHIFT_i_3_0_1_lpi_1_dfm_2_0_mx0w0!=3'b000);
  assign SHIFT_not_13_nl = ~ SHIFT_and_1_svs;
  assign SHIFT_SHIFT_and_4_nl = MUX_v_19_2_2(19'b0000000000000000000, temp_lpi_1,
      SHIFT_not_13_nl);
  assign SHIFT_SHIFT_SHIFT_or_nl = MUX_v_3_2_2((main_2_SHIFT_acc_1_tmp[2:0]), 3'b111,
      SHIFT_and_17_cse_1);
  assign SHIFT_SHIFT_SHIFT_or_1_nl = MUX_v_3_2_2((main_2_MAC_acc_2_tmp[2:0]), 3'b111,
      SHIFT_and_17_cse_1);
  assign SHIFT_regs_nor_nl = ~(or_dcpl_15 | (~ (SHIFT_i_3_0_1_lpi_1_2_0[2])));
  assign reg_regs_5_rgt_nl = MUX_s_1_2_2(SHIFT_regs_nor_nl, (~ or_dcpl_24), or_dcpl_32);
  assign SHIFT_regs_nor_1_nl = ~(or_dcpl_15 | (SHIFT_i_3_0_1_lpi_1_2_0[2]));
  assign reg_regs_1_rgt_nl = MUX_s_1_2_2(SHIFT_regs_nor_1_nl, (~ or_dcpl_16), or_dcpl_32);
  assign SHIFT_regs_nor_2_nl = ~(or_dcpl_17 | (~ (SHIFT_i_3_0_1_lpi_1_2_0[2])));
  assign reg_regs_6_rgt_nl = MUX_s_1_2_2(SHIFT_regs_nor_2_nl, (~ or_dcpl_25), or_dcpl_32);
  assign SHIFT_regs_nor_3_nl = ~(or_dcpl_17 | (SHIFT_i_3_0_1_lpi_1_2_0[2]));
  assign reg_regs_2_rgt_nl = MUX_s_1_2_2(SHIFT_regs_nor_3_nl, (~ or_dcpl_18), or_dcpl_32);
  assign reg_regs_7_rgt_nl = MUX_s_1_2_2(or_dcpl_26, and_dcpl_37, or_dcpl_32);
  assign or_13_nl = ((main_2_SHIFT_acc_1_tmp[2:0]==3'b111)) | and_47_cse;
  assign mux_2_nl = MUX_s_1_2_2(or_13_nl, nor_tmp_1, lfst_exit_main_2_SHIFT_lpi_1_dfm_3_0);
  assign or_11_nl = and_48_cse | nor_tmp_1;
  assign mux_3_nl = MUX_s_1_2_2(mux_2_nl, or_11_nl, or_10_cse);
  assign SHIFT_regs_nor_4_nl = ~(or_dcpl_19 | (SHIFT_i_3_0_1_lpi_1_2_0[2]));
  assign reg_regs_3_rgt_nl = MUX_s_1_2_2(SHIFT_regs_nor_4_nl, (~ or_dcpl_20), or_dcpl_32);
  assign SHIFT_regs_nor_5_nl = ~(or_dcpl_22 | (~ (SHIFT_i_3_0_1_lpi_1_2_0[2])));
  assign reg_regs_4_rgt_nl = MUX_s_1_2_2(SHIFT_regs_nor_5_nl, (~ or_dcpl_23), or_dcpl_32);
  assign and_64_nl = lfst_exit_main_2_SHIFT_lpi_1_dfm_3_1 & (~ exitL_exit_main_2_SHIFT_sva)
      & (~ lfst_exit_main_2_SHIFT_lpi_1_dfm_3_0);
  assign SHIFT_else_mux_15_nl = MUX_v_3_2_2(SHIFT_i_3_0_1_lpi_1_dfm_2_0_mx0w0, SHIFT_i_3_0_1_lpi_1_2_0,
      and_64_nl);
  assign z_out = MUX_v_8_8_2x0(regs_0_sva_mx0, regs_1_sva, regs_2_sva, regs_3_sva,
      regs_4_sva, regs_5_sva, regs_6_sva, SHIFT_else_mux_15_nl);

  function automatic [7:0] MUX1HOT_v_8_9_2;
    input [7:0] input_8;
    input [7:0] input_7;
    input [7:0] input_6;
    input [7:0] input_5;
    input [7:0] input_4;
    input [7:0] input_3;
    input [7:0] input_2;
    input [7:0] input_1;
    input [7:0] input_0;
    input [8:0] sel;
    reg [7:0] result;
  begin
    result = input_0 & {8{sel[0]}};
    result = result | (input_1 & {8{sel[1]}});
    result = result | (input_2 & {8{sel[2]}});
    result = result | (input_3 & {8{sel[3]}});
    result = result | (input_4 & {8{sel[4]}});
    result = result | (input_5 & {8{sel[5]}});
    result = result | (input_6 & {8{sel[6]}});
    result = result | (input_7 & {8{sel[7]}});
    result = result | (input_8 & {8{sel[8]}});
    MUX1HOT_v_8_9_2 = result;
  end
  endfunction


  function automatic  MUX_s_1_2_2;
    input  input_0;
    input  input_1;
    input  sel;
    reg  result;
  begin
    case (sel)
      1'b0 : begin
        result = input_0;
      end
      default : begin
        result = input_1;
      end
    endcase
    MUX_s_1_2_2 = result;
  end
  endfunction


  function automatic [18:0] MUX_v_19_2_2;
    input [18:0] input_0;
    input [18:0] input_1;
    input  sel;
    reg [18:0] result;
  begin
    case (sel)
      1'b0 : begin
        result = input_0;
      end
      default : begin
        result = input_1;
      end
    endcase
    MUX_v_19_2_2 = result;
  end
  endfunction


  function automatic [2:0] MUX_v_3_2_2;
    input [2:0] input_0;
    input [2:0] input_1;
    input  sel;
    reg [2:0] result;
  begin
    case (sel)
      1'b0 : begin
        result = input_0;
      end
      default : begin
        result = input_1;
      end
    endcase
    MUX_v_3_2_2 = result;
  end
  endfunction


  function automatic [7:0] MUX_v_8_2_2;
    input [7:0] input_0;
    input [7:0] input_1;
    input  sel;
    reg [7:0] result;
  begin
    case (sel)
      1'b0 : begin
        result = input_0;
      end
      default : begin
        result = input_1;
      end
    endcase
    MUX_v_8_2_2 = result;
  end
  endfunction


  function automatic [7:0] MUX_v_8_8_2;
    input [7:0] input_0;
    input [7:0] input_1;
    input [7:0] input_2;
    input [7:0] input_3;
    input [7:0] input_4;
    input [7:0] input_5;
    input [7:0] input_6;
    input [7:0] input_7;
    input [2:0] sel;
    reg [7:0] result;
  begin
    case (sel)
      3'b000 : begin
        result = input_0;
      end
      3'b001 : begin
        result = input_1;
      end
      3'b010 : begin
        result = input_2;
      end
      3'b011 : begin
        result = input_3;
      end
      3'b100 : begin
        result = input_4;
      end
      3'b101 : begin
        result = input_5;
      end
      3'b110 : begin
        result = input_6;
      end
      default : begin
        result = input_7;
      end
    endcase
    MUX_v_8_8_2 = result;
  end
  endfunction


  function automatic [7:0] MUX_v_8_8_2x0;
    input [7:0] input_1;
    input [7:0] input_2;
    input [7:0] input_3;
    input [7:0] input_4;
    input [7:0] input_5;
    input [7:0] input_6;
    input [7:0] input_7;
    input [2:0] sel;
    reg [7:0] result;
  begin
    case (sel)
      3'b001 : begin
        result = input_1;
      end
      3'b010 : begin
        result = input_2;
      end
      3'b011 : begin
        result = input_3;
      end
      3'b100 : begin
        result = input_4;
      end
      3'b101 : begin
        result = input_5;
      end
      3'b110 : begin
        result = input_6;
      end
      default : begin
        result = input_7;
      end
    endcase
    MUX_v_8_8_2x0 = result;
  end
  endfunction


  function automatic [18:0] conv_s2s_16_19 ;
    input [15:0]  vector ;
  begin
    conv_s2s_16_19 = {{3{vector[15]}}, vector};
  end
  endfunction


  function automatic [3:0] conv_u2s_3_4 ;
    input [2:0]  vector ;
  begin
    conv_u2s_3_4 =  {1'b0, vector};
  end
  endfunction

endmodule

// ------------------------------------------------------------------
//  Design Unit:    decimator_run
// ------------------------------------------------------------------


module decimator_run (
  clk, rst, din_rsc_dat, din_rsc_vld, din_rsc_rdy, dout_rsc_dat, dout_rsc_vld, dout_rsc_rdy
);
  input clk;
  input rst;
  input [7:0] din_rsc_dat;
  input din_rsc_vld;
  output din_rsc_rdy;
  output [7:0] dout_rsc_dat;
  output dout_rsc_vld;
  input dout_rsc_rdy;


  // Interconnect Declarations
  wire run_wen;
  wire din_rsci_wen_comp;
  wire [7:0] din_rsci_idat_mxwt;
  wire dout_rsci_wen_comp;
  reg [7:0] dout_rsci_idat;
  wire [2:0] fsm_output;
  wire equal_tmp;
  reg reg_dout_rsci_iswt0_cse;
  reg reg_din_rsci_iswt0_cse;
  reg [1:0] count_2_0_sva_1_0;
  wire [2:0] nl_count_2_0_sva_1_0;


  // Interconnect Declarations for Component Instantiations 
  decimator_run_din_rsci decimator_run_din_rsci_inst (
      .din_rsc_dat(din_rsc_dat),
      .din_rsc_vld(din_rsc_vld),
      .din_rsc_rdy(din_rsc_rdy),
      .din_rsci_oswt(reg_din_rsci_iswt0_cse),
      .din_rsci_wen_comp(din_rsci_wen_comp),
      .din_rsci_idat_mxwt(din_rsci_idat_mxwt)
    );
  decimator_run_dout_rsci decimator_run_dout_rsci_inst (
      .dout_rsc_dat(dout_rsc_dat),
      .dout_rsc_vld(dout_rsc_vld),
      .dout_rsc_rdy(dout_rsc_rdy),
      .dout_rsci_oswt(reg_dout_rsci_iswt0_cse),
      .dout_rsci_wen_comp(dout_rsci_wen_comp),
      .dout_rsci_idat(dout_rsci_idat)
    );
  decimator_run_staller decimator_run_staller_inst (
      .run_wen(run_wen),
      .din_rsci_wen_comp(din_rsci_wen_comp),
      .dout_rsci_wen_comp(dout_rsci_wen_comp)
    );
  decimator_run_run_fsm decimator_run_run_fsm_inst (
      .clk(clk),
      .rst(rst),
      .run_wen(run_wen),
      .fsm_output(fsm_output)
    );
  assign equal_tmp = ~((count_2_0_sva_1_0!=2'b00));
  always @(posedge clk) begin
    if ( rst ) begin
      dout_rsci_idat <= 8'b00000000;
    end
    else if ( run_wen & equal_tmp & (fsm_output[1]) ) begin
      dout_rsci_idat <= din_rsci_idat_mxwt;
    end
  end
  always @(posedge clk) begin
    if ( rst ) begin
      reg_dout_rsci_iswt0_cse <= 1'b0;
      reg_din_rsci_iswt0_cse <= 1'b0;
    end
    else if ( run_wen ) begin
      reg_dout_rsci_iswt0_cse <= equal_tmp & (fsm_output[1]);
      reg_din_rsci_iswt0_cse <= ~ (fsm_output[1]);
    end
  end
  always @(posedge clk) begin
    if ( rst ) begin
      count_2_0_sva_1_0 <= 2'b00;
    end
    else if ( run_wen & (fsm_output[1]) ) begin
      count_2_0_sva_1_0 <= nl_count_2_0_sva_1_0[1:0];
    end
  end
  assign nl_count_2_0_sva_1_0  = count_2_0_sva_1_0 + 2'b01;
endmodule

// ------------------------------------------------------------------
//  Design Unit:    fir
// ------------------------------------------------------------------


module fir (
  clk, rst, input_rsc_dat, input_rsc_vld, input_rsc_rdy, coeffs, output_rsc_dat,
      output_rsc_vld, output_rsc_rdy
);
  input clk;
  input rst;
  input [7:0] input_rsc_dat;
  input input_rsc_vld;
  output input_rsc_rdy;
  input [63:0] coeffs;
  output [7:0] output_rsc_dat;
  output output_rsc_vld;
  input output_rsc_rdy;



  // Interconnect Declarations for Component Instantiations 
  fir_run fir_run_inst (
      .clk(clk),
      .rst(rst),
      .input_rsc_dat(input_rsc_dat),
      .input_rsc_vld(input_rsc_vld),
      .input_rsc_rdy(input_rsc_rdy),
      .coeffs(coeffs),
      .output_rsc_dat(output_rsc_dat),
      .output_rsc_vld(output_rsc_vld),
      .output_rsc_rdy(output_rsc_rdy)
    );
endmodule

// ------------------------------------------------------------------
//  Design Unit:    decimator
// ------------------------------------------------------------------


module decimator (
  clk, rst, din_rsc_dat, din_rsc_vld, din_rsc_rdy, dout_rsc_dat, dout_rsc_vld, dout_rsc_rdy
);
  input clk;
  input rst;
  input [7:0] din_rsc_dat;
  input din_rsc_vld;
  output din_rsc_rdy;
  output [7:0] dout_rsc_dat;
  output dout_rsc_vld;
  input dout_rsc_rdy;



  // Interconnect Declarations for Component Instantiations 
  decimator_run decimator_run_inst (
      .clk(clk),
      .rst(rst),
      .din_rsc_dat(din_rsc_dat),
      .din_rsc_vld(din_rsc_vld),
      .din_rsc_rdy(din_rsc_rdy),
      .dout_rsc_dat(dout_rsc_dat),
      .dout_rsc_vld(dout_rsc_vld),
      .dout_rsc_rdy(dout_rsc_rdy)
    );
endmodule

// ------------------------------------------------------------------
//  Design Unit:    top
// ------------------------------------------------------------------


module top (
  clk, rst, din_rsc_dat, din_rsc_vld, din_rsc_rdy, coeffs, dout_rsc_dat, dout_rsc_vld,
      dout_rsc_rdy
);
  input clk;
  input rst;
  input [7:0] din_rsc_dat;
  input din_rsc_vld;
  output din_rsc_rdy;
  input [63:0] coeffs;
  output [7:0] dout_rsc_dat;
  output dout_rsc_vld;
  input dout_rsc_rdy;


  // Interconnect Declarations
  wire [7:0] output_rsc_dat_n_block0;
  wire [7:0] output_rsc_dat_n_block1;
  wire [7:0] dout_rsc_dat_n_block2;
  wire input_rsc_rdy_n_block0_bud;
  wire output_rsc_vld_n_block0_bud;
  wire input_rsc_rdy_n_block1_bud;
  wire output_rsc_vld_n_block1_bud;
  wire din_rsc_rdy_n_block2_bud;
  wire dout_rsc_vld_n_block2_bud;


  // Interconnect Declarations for Component Instantiations 
  fir block0 (
      .clk(clk),
      .rst(rst),
      .input_rsc_dat(din_rsc_dat),
      .input_rsc_vld(din_rsc_vld),
      .input_rsc_rdy(input_rsc_rdy_n_block0_bud),
      .coeffs(coeffs),
      .output_rsc_dat(output_rsc_dat_n_block0),
      .output_rsc_vld(output_rsc_vld_n_block0_bud),
      .output_rsc_rdy(input_rsc_rdy_n_block1_bud)
    );
  fir block1 (
      .clk(clk),
      .rst(rst),
      .input_rsc_dat(output_rsc_dat_n_block0),
      .input_rsc_vld(output_rsc_vld_n_block0_bud),
      .input_rsc_rdy(input_rsc_rdy_n_block1_bud),
      .coeffs(coeffs),
      .output_rsc_dat(output_rsc_dat_n_block1),
      .output_rsc_vld(output_rsc_vld_n_block1_bud),
      .output_rsc_rdy(din_rsc_rdy_n_block2_bud)
    );
  decimator block2 (
      .clk(clk),
      .rst(rst),
      .din_rsc_dat(output_rsc_dat_n_block1),
      .din_rsc_vld(output_rsc_vld_n_block1_bud),
      .din_rsc_rdy(din_rsc_rdy_n_block2_bud),
      .dout_rsc_dat(dout_rsc_dat_n_block2),
      .dout_rsc_vld(dout_rsc_vld_n_block2_bud),
      .dout_rsc_rdy(dout_rsc_rdy)
    );
  assign din_rsc_rdy = input_rsc_rdy_n_block0_bud;
  assign dout_rsc_vld = dout_rsc_vld_n_block2_bud;
  assign dout_rsc_dat = dout_rsc_dat_n_block2;
endmodule